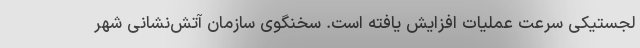
لجستیکی سرعت عملیات افزایش یافته است. سخنگوی سازمان آتش‌نشانی شهر